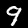
Label: 9